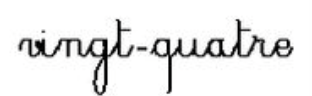
vingt-quatre